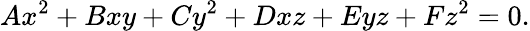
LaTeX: Ax^{2}+Bxy+Cy^{2}+Dxz+Eyz+Fz^{2}=0.